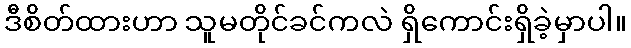
ဒီစိတ်ထားဟာ သူမတိုင်ခင်ကလဲ ရှိကောင်းရှိခဲ့မှာပါ။